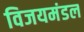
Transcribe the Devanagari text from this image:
विजयमंडल